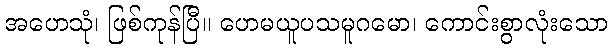
အဟေသုံ၊ ဖြစ်ကုန်ပြီ။ ဟေမယူပသမူဂမော၊ ကောင်းစွာလုံးသော